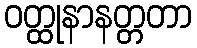
ဝတ္ထုနာနတ္တတာ